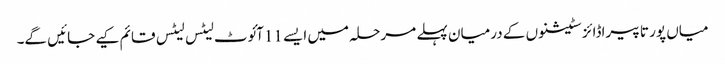
میاں پور تا پیراڈائز سٹیشنوں کے درمیان پہلے مرحلہ میں ایسے 11آئوٹ لیٹس لیٹس قائم کیے جائیں گے۔